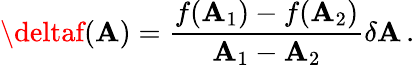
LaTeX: \deltaf(\mathbf{A})=\frac{{f(\mathbf{A}_{1})-f(\mathbf{A}_{2})}}{{\mathbf{A}_{1}-\mathbf{A}_{2}}}\delta\mathbf{A}\, .